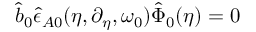
\hat { b } _ { 0 } \hat { \epsilon } _ { A 0 } ( \eta , \partial _ { \eta } , \omega _ { 0 } ) \hat { \Phi } _ { 0 } ( \eta ) = 0